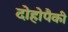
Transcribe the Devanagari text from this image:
दोहोपैकी